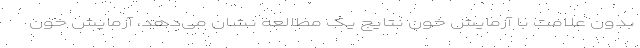
بدون علامت با آزمایش خون نتایج یک مطالعه نشان می‌دهد، آزمایش خون